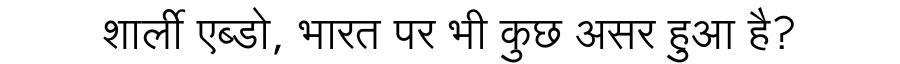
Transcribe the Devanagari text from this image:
शार्ली एब्डो, भारत पर भी कुछ असर हुआ है?